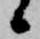
候